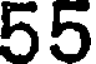
55